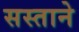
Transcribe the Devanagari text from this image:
सस्ताने